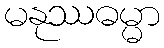
မနုဿဓမ္မာ